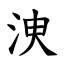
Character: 㳛